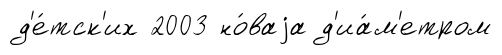
д'е́тск'их 2003 но́ваjа д'иа́м'етром